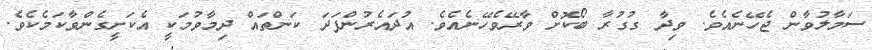
ސަމާލުވާން ޖެހޭނެއެވެ. ވިދާ ގުގުރާ ބޯކޮށް ވާރޭވެހޭނެއެވެ. އުދައެރުންފަދަ ކަންތައް ދިމާވުމަކީ އެކަށީގެންވާކަމެކެވެ.